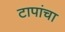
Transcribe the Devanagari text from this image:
टापांचा